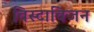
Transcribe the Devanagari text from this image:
विस्टाविजन